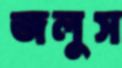
জলুস